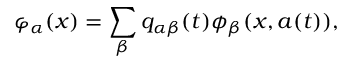
\varphi _ { \alpha } ( x ) = \sum _ { \beta } q _ { \alpha \beta } ( t ) \phi _ { \beta } ( x , a ( t ) ) ,